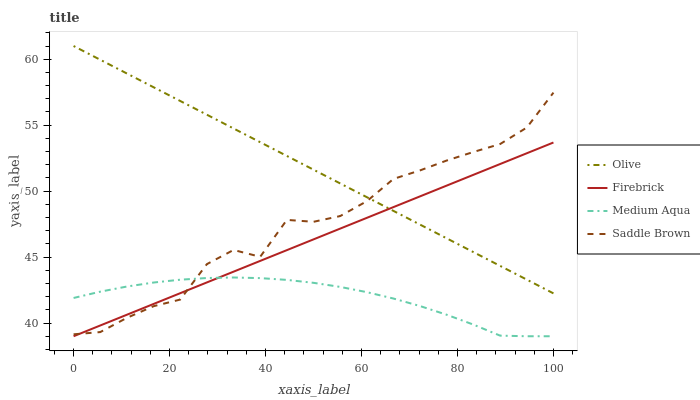
| xaxis_label | Olive | Firebrick | Medium Aqua | Saddle Brown |
 | --- | --- | --- | --- | --- |
 | 0 | 61 | 39 | 41.9 | 39.1 |
 | 5.56 | 60 | 39.8 | 42.4 | 39.3 |
 | 11.1 | 58.9 | 40.6 | 42.8 | 40.4 |
 | 16.7 | 57.9 | 41.4 | 43.1 | 41.3 |
 | 22.2 | 56.8 | 42.3 | 43.3 | 41.8 |
 | 27.8 | 55.8 | 43.1 | 43.4 | 44.5 |
 | 33.3 | 54.8 | 43.9 | 43.5 | 45.5 |
 | 38.9 | 53.7 | 44.7 | 43.4 | 45 |
 | 44.4 | 52.7 | 45.5 | 43.3 | 47.8 |
 | 50 | 51.6 | 46.3 | 43 | 47.7 |
 | 55.6 | 50.6 | 47.2 | 42.7 | 48.1 |
 | 61.1 | 49.5 | 48 | 42.3 | 49.2 |
 | 66.7 | 48.5 | 48.8 | 41.9 | 50.9 |
 | 72.2 | 47.5 | 49.6 | 41.3 | 51.6 |
 | 77.8 | 46.4 | 50.4 | 40.6 | 52.3 |
 | 83.3 | 45.4 | 51.2 | 39.9 | 53 |
 | 88.9 | 44.3 | 52.1 | 39 | 53.6 |
 | 94.4 | 43.3 | 52.9 | 39 | 54.8 |
 | 100 | 42.3 | 53.7 | 39 | 57.5 |